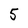
Character: 5